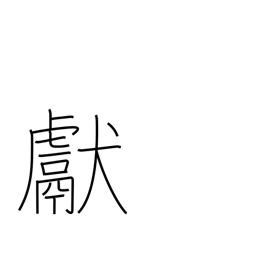
Meaning: show